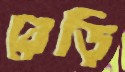
রেড়ি